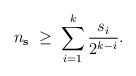
\begin{align*} n_\mathbf{s} \;\geq\; \sum_{i=1}^{k} \frac{s_i}{2^{k-i}}.\end{align*}